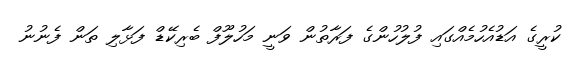
ކުރީގެ އަޑުއެހުމެއްގައި ފުލުހުންގެ ފަރާތުން ވަނީ މަހުލޫފް ބެރިކޭޑް ފަޅާލި ތަން ފެނުނު